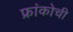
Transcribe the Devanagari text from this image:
फ्रांकोची